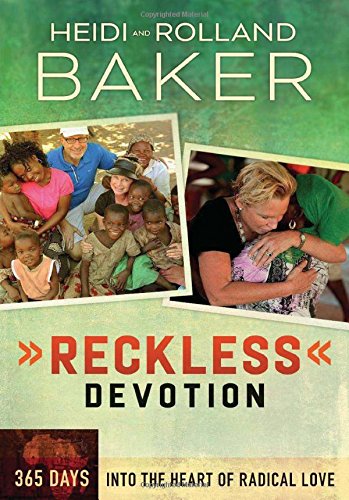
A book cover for Reckless Devotion: 365 Days into the Heart of Radical Love; Rolland Baker; Christian Books & Bibles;